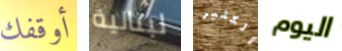
أوقفك لبنانية الكثير اليوم